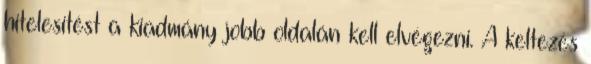
hitelesítést a kiadmány jobb oldalán kell elvégezni. A keltezés